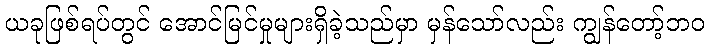
ယခုဖြစ်ရပ်တွင် အောင်မြင်မှုများရှိခဲ့သည်မှာ မှန်သော်လည်း ကျွန်တော့်ဘဝ